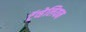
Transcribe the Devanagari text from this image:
ट्रॅव्हेलियन